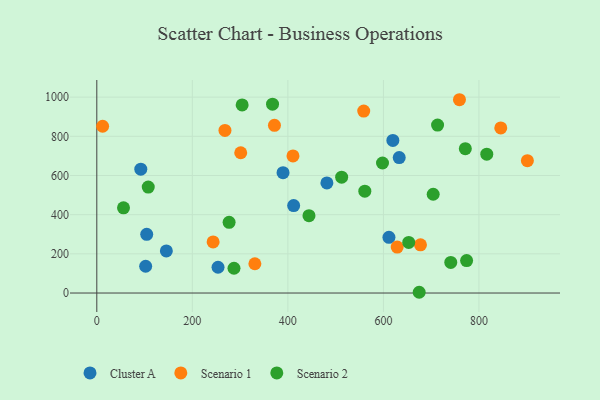
{"axis": {"x": "Price", "y": "Exam Score"}, "legend": ["Cluster A", "Scenario 1", "Scenario 2"], "data": [{"x": "481.7", "y": 561.9, "type": "Cluster A"}, {"x": "633.1", "y": 691.4, "type": "Cluster A"}, {"x": "389.9", "y": 614.5, "type": "Cluster A"}, {"x": "92.1", "y": 632.1, "type": "Cluster A"}, {"x": "104.5", "y": 299.4, "type": "Cluster A"}, {"x": "102.3", "y": 136.7, "type": "Cluster A"}, {"x": "253.8", "y": 131.5, "type": "Cluster A"}, {"x": "611.6", "y": 284.1, "type": "Cluster A"}, {"x": "145.6", "y": 215.0, "type": "Cluster A"}, {"x": "619.8", "y": 779.1, "type": "Cluster A"}, {"x": "412.1", "y": 446.6, "type": "Cluster A"}, {"x": "330.9", "y": 149.5, "type": "Scenario 1"}, {"x": "410.7", "y": 699.7, "type": "Scenario 1"}, {"x": "558.8", "y": 928.6, "type": "Scenario 1"}, {"x": "243.5", "y": 260.9, "type": "Scenario 1"}, {"x": "371.9", "y": 856.1, "type": "Scenario 1"}, {"x": "845.7", "y": 842.6, "type": "Scenario 1"}, {"x": "677.6", "y": 245.9, "type": "Scenario 1"}, {"x": "759.2", "y": 986.7, "type": "Scenario 1"}, {"x": "628.9", "y": 234.6, "type": "Scenario 1"}, {"x": "901.4", "y": 675.7, "type": "Scenario 1"}, {"x": "12.2", "y": 851.2, "type": "Scenario 1"}, {"x": "268.3", "y": 830.0, "type": "Scenario 1"}, {"x": "301.3", "y": 716.1, "type": "Scenario 1"}, {"x": "653.0", "y": 258.4, "type": "Scenario 2"}, {"x": "561.1", "y": 519.9, "type": "Scenario 2"}, {"x": "367.9", "y": 964.0, "type": "Scenario 2"}, {"x": "287.2", "y": 126.5, "type": "Scenario 2"}, {"x": "774.2", "y": 165.6, "type": "Scenario 2"}, {"x": "55.9", "y": 434.9, "type": "Scenario 2"}, {"x": "741.0", "y": 156.4, "type": "Scenario 2"}, {"x": "704.2", "y": 504.1, "type": "Scenario 2"}, {"x": "444.2", "y": 394.8, "type": "Scenario 2"}, {"x": "713.4", "y": 857.5, "type": "Scenario 2"}, {"x": "674.9", "y": 3.8, "type": "Scenario 2"}, {"x": "277.0", "y": 361.1, "type": "Scenario 2"}, {"x": "107.7", "y": 540.9, "type": "Scenario 2"}, {"x": "512.6", "y": 591.1, "type": "Scenario 2"}, {"x": "771.5", "y": 737.0, "type": "Scenario 2"}, {"x": "598.1", "y": 663.6, "type": "Scenario 2"}, {"x": "816.4", "y": 708.8, "type": "Scenario 2"}, {"x": "304.3", "y": 960.4, "type": "Scenario 2"}]}